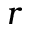
\boldsymbol r